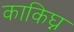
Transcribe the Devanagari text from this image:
काकिघ्न